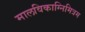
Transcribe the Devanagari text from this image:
मालविकाग्निमित्रम